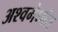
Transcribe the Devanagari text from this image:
अश्वमेधांत